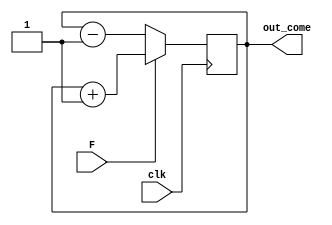
`timescale 1ns/1ps
module CounterB (input clk,F,output [3:0] out_come);

reg[3:0]counter = 0;
assign out_come = counter;

always@(posedge clk)
begin
if (F == 1)
   counter = counter + 1;
else
   counter = counter - 1;

end

endmodule